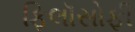
ફિલૉસોફી